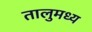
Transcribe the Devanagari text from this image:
तालुमध्य